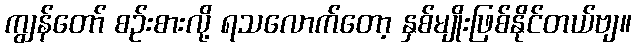
ကျွန်တော် စဉ်းစားလို့ ရသလောက်တော့ နှစ်မျိုးဖြစ်နိုင်တယ်ဗျ။